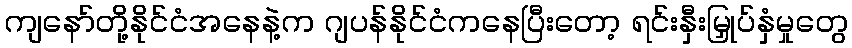
ကျနော်တို့နိုင်ငံအနေနဲ့က ဂျပန်နိုင်ငံကနေပြီးတော့ ရင်းနှီးမြှုပ်နှံမှုတွေ